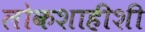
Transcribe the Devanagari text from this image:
लोकशाहीशी